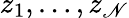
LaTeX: z_{1},\dotsc,z_{\mathscr{N}}